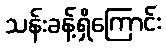
သန်းခန့်ရှိကြောင်း